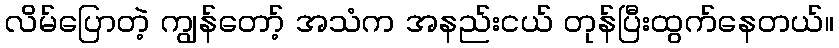
လိမ်ပြောတဲ့ ကျွန်တော့် အသံက အနည်းငယ် တုန်ပြီးထွက်နေတယ်။